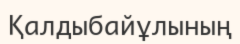
Қалдыбайұлының